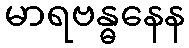
မာရဗန္ဓနေန